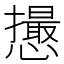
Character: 𢤎